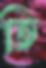
তি